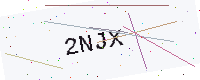
Text: 2NJX